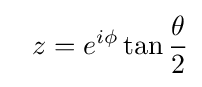
~~z=e^{i\phi }\tan {\frac {\theta }{2}}